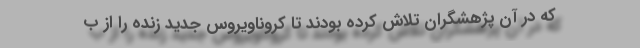
که در آن پژهشگران تلاش کرده بودند تا کروناویروس جدید زنده را از ب